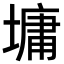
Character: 墉